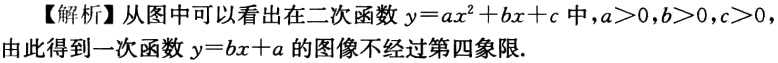
【解析】从图中可以看出在二次函数\(y = ax^{2}+bx + c\)中，\(a>0,b>0,c>0\)，由此得到一次函数\(y = bx + a\)的图像不经过第四象限.